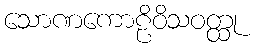
သောဏကောဠိဝိသဝတ္ထု